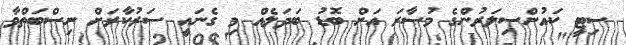
ސިޓީ ކައުންސިލަރުންގެ މުސާރަ އަށް ބޮޑު ބަދަލެއް މި ގެނައީ ސަރުކާރަށް ނިސްބަތްވާ